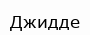
Джидде